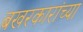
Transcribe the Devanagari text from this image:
बखरकारांच्या